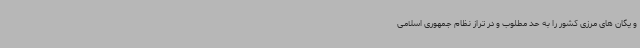
و یگان های مرزی کشور را به حد مطلوب و در تراز نظام جمهوری اسلامی